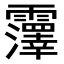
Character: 𫕵